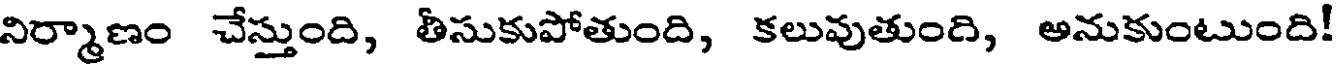
నిర్మాణం చేస్తుంది, తీసుకుపోతుంది, కలువుతుంది, అనుకుంటుంది!